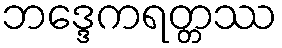
ဘဒ္ဒေကရတ္တဿ